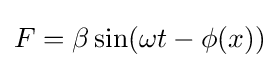
F=\beta \sin(\omega t-\phi (x))